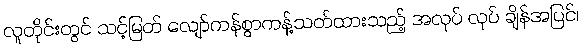
လူတိုင်းတွင် သင့်မြတ် လျော်ကန်စွာကန့်သတ်ထားသည့် အလုပ် လုပ် ချိန်အပြင်၊